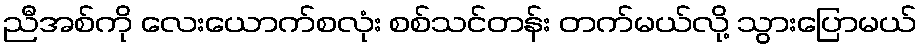
ညီအစ်ကို လေးယောက်စလုံး စစ်သင်တန်း တက်မယ်လို့ သွားပြောမယ်